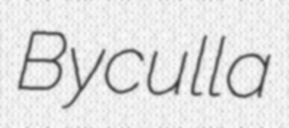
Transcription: Byculla